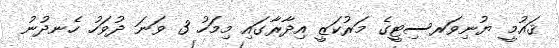
ޤައުމީ ޔުނިވަރސިޓީގެ މަރުކަޒީ އިދާރާގައި މިމަހު 3 ވަނަ ދުވަހު ހެނދުނު